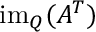
\operatorname { i m } _ { Q } ( A ^ { T } )